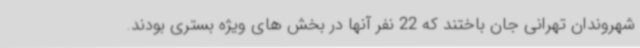
شهروندان تهرانی جان باختند که 22 نفر آنها در بخش های ویژه بستری بودند.